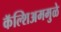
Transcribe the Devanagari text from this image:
कॅल्शिअममुळे